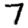
Digit: 7